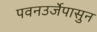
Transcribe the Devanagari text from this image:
पवनउर्जेपासुन